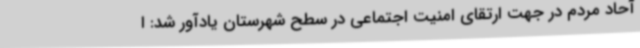
آحاد مردم در جهت ارتقای امنیت اجتماعی در سطح شهرستان یادآور شد: ا